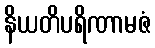
နိယတိပရိဏာမဇံ